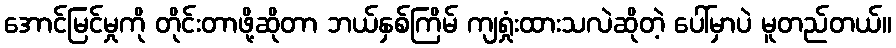
အောင်မြင်မှုကို တိုင်းတာဖို့ဆိုတာ ဘယ်နှစ်ကြိမ် ကျရှုံးထားသလဲဆိုတဲ့ ပေါ်မှာပဲ မူတည်တယ်။